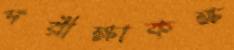
পরীক্ষাকক্ষ